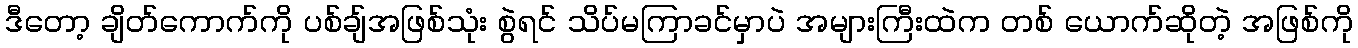
ဒီတော့ ချိတ်ကောက်ကို ပစ်ချ်အဖြစ်သုံး စွဲရင် သိပ်မကြာခင်မှာပဲ အများကြီးထဲက တစ် ယောက်ဆိုတဲ့ အဖြစ်ကို